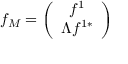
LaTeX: f _ { M } = \left( \begin{array} { c } { { f ^ { 1 } } } \\ { { \Lambda f ^ { 1 * } } } \end{array} \right)